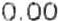
0.00